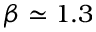
\beta \simeq 1 . 3